Annual report of the Civil Veterinary Department, Bengal, for the year 1897-98 - 1897-1898
Year: 1897
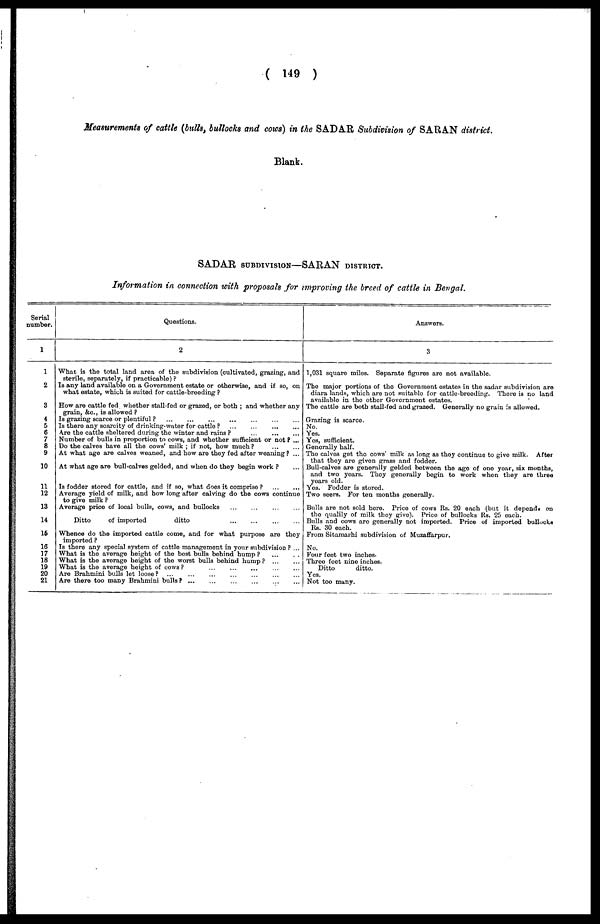
( 149 )
Measurements of cattle (bulls, bullocks and cows) in the SADAR Subdivision of SARAN district.
Blank.
SADAR SUBDIVISION—SARAN DISTRICT.
Information in connection with proposals for improving the breed of cattle in Bengal.
Serial
number.
1
1
2
3
4
5
6
7
8
9
10
11
12
13
14
15
16
17
18
19
20
21
Questions.
2
What is the total land area of the subdivision (cultivated, grazing, and
sterile, separately, if practicable) ?
Is any land available on a Government estate or otherwise, and if so, on
what estate, which is suited for cattle-breeding ?
How are cattle fed whether stall-fed or grazed, or both ; and whether any
grain, &c., is allowed ?
Is grazing scarce or plentiful ?
...
...
...
...
......
...
...
...
...
Is there any scarcity of drinking-water for cattle ? ... ... ... ...
Are the cattle sheltered during the winter and rains ?
...
...
...
Number of bulls in proportion to cows, and whether sufficient or not ? ...
Do the calves have all the cows' milk ; if not, how much?
...
...
At what age are calves weaned, and how are they fed after weaning? ...
At what age are bull-calves gelded, and when do they begin work ? ...
Is fodder stored for cattle, and if so, what does it comprise ?
...
...
Average yield of milk, and how long after calving do the cows continue
to give milk ?
Average price of local bulls, cows, and bullocks ... ... ...
Ditto
of imported
ditto ... ... ... ...
Whence do the imported cattle come, and for what purpose are they
imported ?
Is there any special system of cattle management in your subdivision ? ...
What is the average height of the best bulls behind hump? ...
...
What is the average height of the worst bulls behind hump?
...
...
What is the average height of cows?
...
...
...
...
...
Are Brahmini bulls let loose?
...
...
...
...
...
...
Are there too many Brahmini bulls?
...
...
...
...
...
...
Answers.
3
1,031 square miles. Separate figures are not available.
The major portions of the Government estates in the sadar subdivision are
diara lands, which are not suitable for cattle-breeding. There is no land
available in the other Government estates.
The cattle are both stall-fed and grazed. Generally no grain is allowed.
Grazing is scarce.
No.
Yes.
Yes, sufficient.
Generally half.
The calves get the cows milk as long as they continue to give milk. After
that they are given grass and fodder.
Bull-calves are generally gelded between the age of one year, six months,
and two years. They generally begin to work when they are three
years old.
Yes. Fodder is stored.
Two seers. For ten months generally.
Bulls are not sold here. Price of cows Rs. 20 each (but it depends on
the qualily of milk they give). Price of bullocks Rs. 25 each.
Bulls and cows are generally not imported. Price of imported bullocks
Rs. 30 each.
From Sitamarhi subdivision of Muzaffarpur.
No.
Four feet two inches.
Three feet nine inches.
Ditto
ditto.
Yes.
Not too many.